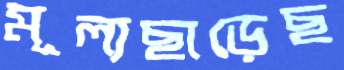
মূল্যছাড়েছ